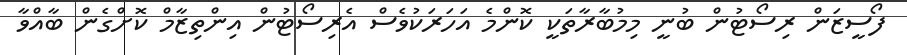
ފޯސީޒަން ރިސޯޓުން ބުނީ މިމުބާރާތަކީ ކޮންމެ އަހަރަކުވެސް އެރިސޯޓުން އިންތިޒާމް ކޮށްގެން ބާއްވާ